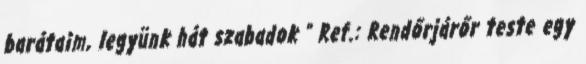
barátaim, legyünk hát szabadok ” Ref.: Rendőrjárőr teste egy